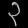
Digit: ၃